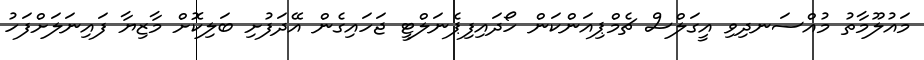
މައުލޫމާތު މުއްސަނދިވި އީގަލްސް ޗެމްޕިއަންކަން ހޯދައިފިޕެނަލްޓީ ޖަހައިގެން އޭދަފުށި ބަލިކޮށް މާޒިޔާ ފައިނަލަށްފަހު